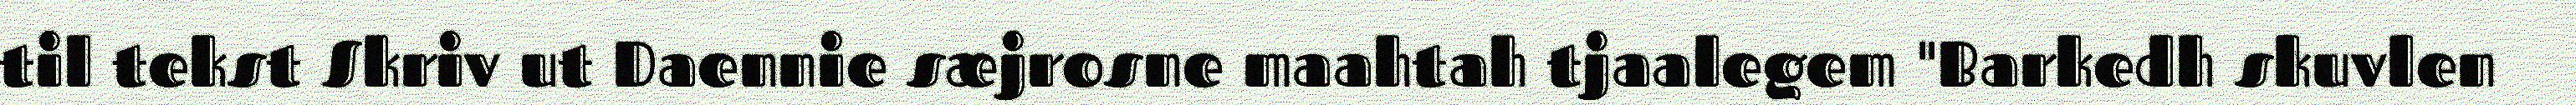
til tekst Skriv ut Daennie sæjrosne maahtah tjaalegem "Barkedh skuvlen